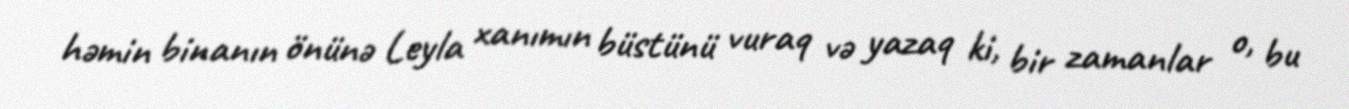
həmin binanın önünə Leyla xanımın büstünü vuraq və yazaq ki, bir zamanlar o, bu